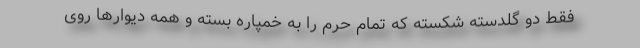
فقط دو گلدسته شکسته که تمام حرم را به خمپاره بسته و همه دیوارها روی